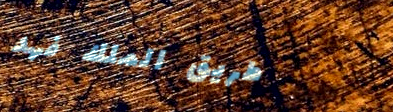
طريق الملك فهد